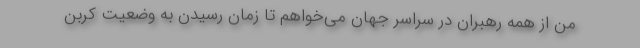
من از همه رهبران در سراسر جهان می‌خواهم تا زمان رسیدن به وضعیت کربن